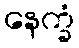
နေက္ခံ